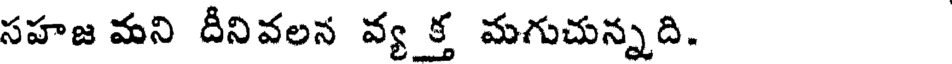
సహజ మని దీనివలన వ్య క్త మగుచున్నది.